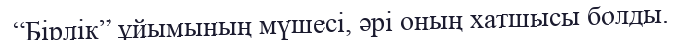
“Бірлік” ұйымының мүшесі, әрі оның хатшысы болды.